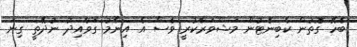
ބެހޭ ގޮތުން ކެބިނެޓުން މަޝްވަރާކުރީ ވެސް އެ އިނާމު ގަވާއިދު ނުދޭތީ ގިނަ